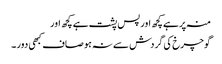
منہ پر ہے کچھ اور پس پشت ہے کچھ اور
گوچرخ کی گردش سے نہ ہو صاف کبھی دور ۔